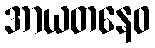
အာယတနေဝ